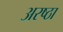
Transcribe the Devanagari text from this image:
अरष्ठा